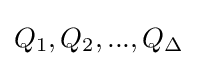
Q_{1},Q_{2},...,Q_{\Delta }